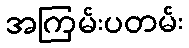
အကြမ်းပတမ်း